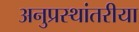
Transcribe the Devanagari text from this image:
अनुप्रस्थांतरीया